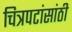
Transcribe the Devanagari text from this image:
चित्रपटांसांठी